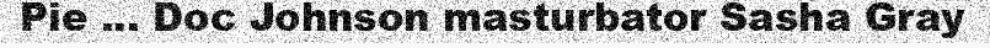
Pie ... Doc Johnson masturbator Sasha Gray